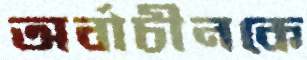
অর্বাচীনকে